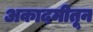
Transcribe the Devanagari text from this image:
अकादमीतून